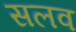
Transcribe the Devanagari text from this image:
सलव